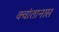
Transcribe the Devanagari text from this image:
क्वांतानास